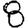
Digit: 8